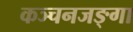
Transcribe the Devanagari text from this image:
कञ्चनजङ्गा